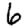
Digit: 6